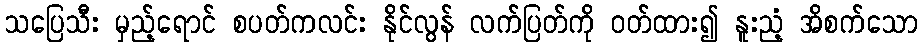
သပြေသီး မှည့်ရောင် စပတ်ကလင်း နိုင်လွန် လက်ပြတ်ကို ဝတ်ထား၍ နူးညံ့ အိစက်သော